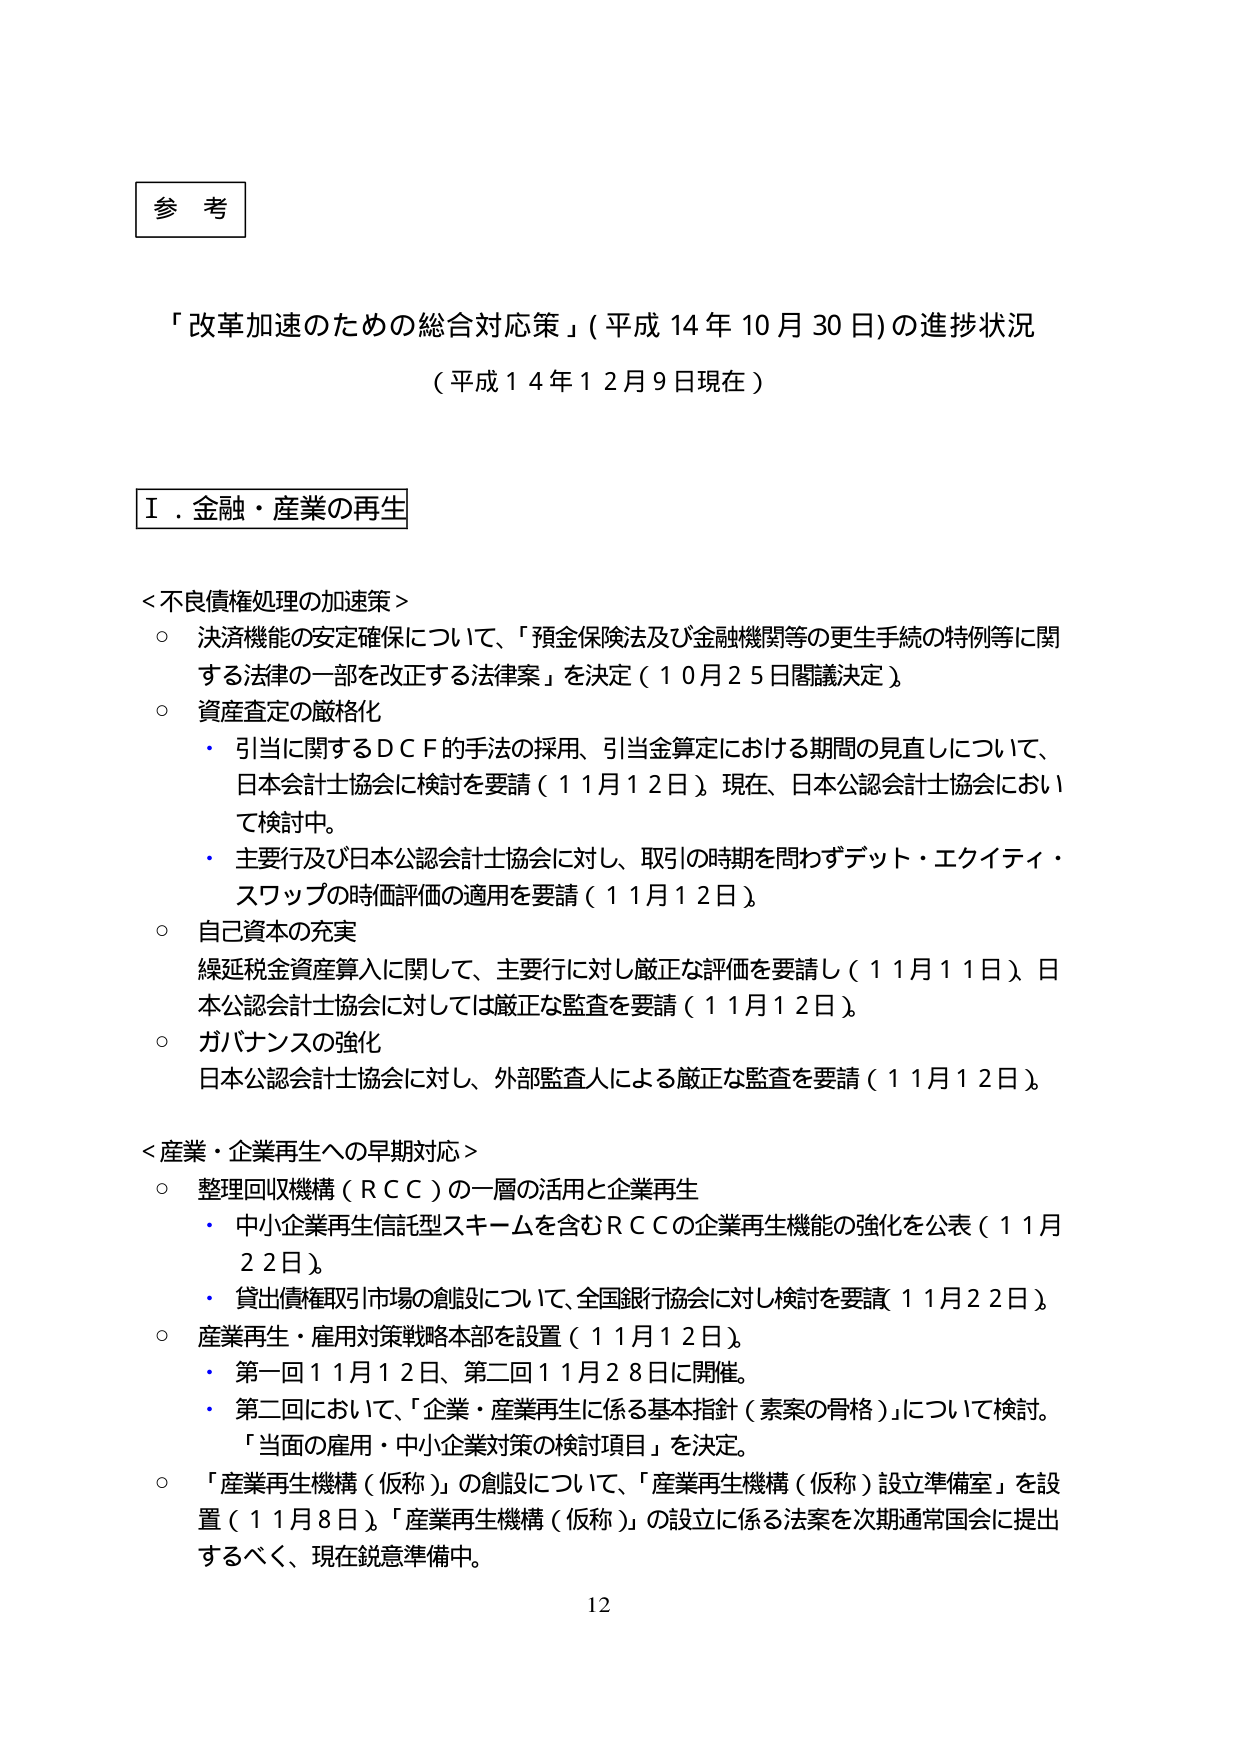
参考

「改革加速のための総合対応策」（平成14年10月30日）の進捗状況
（平成14年12月9日現在）

Ⅰ．金融・産業の再生

＜不良債権処理の加速策＞
○ 決済機能の安定確保について、「預金保険法及び金融機関等の更生手続の特例等に関する法律の一部を改正する法律案」を決定（10月25日閣議決定）
○ 資産査定の厳格化
　・ 引当に関するDCF的手法の採用、引当金算定における期間の見直しについて、日本会計士協会に検討を要請（11月12日）。現在、日本公認会計士協会において検討中。
　・ 主要行及び日本公認会計士協会に対し、取引の時期を問わずデット・エクイティ・スワップの時価評価の適用を要請（11月12日）
○ 自己資本の充実
　繰延税金資産算入に関して、主要行に対し厳正な評価を要請し（11月11日）、日本公認会計士協会に対しては厳正な監査を要請（11月12日）
○ ガバナンスの強化
　日本公認会計士協会に対し、外部監査人による厳正な監査を要請（11月12日）

＜産業・企業再生への早期対応＞
○ 整理回収機構（RCC）の一層の活用と企業再生
　・ 中小企業再生信託型スキームを含むRCCの企業再生機能の強化を公表（11月22日）
　・ 貸出債権取引市場の創設について、全国銀行協会に対し検討を要請（11月22日）
○ 産業再生・雇用対策戦略本部を設置（11月12日）
　・ 第一回11月12日、第二回11月28日に開催。
　・ 第二回において、「企業・産業再生に係る基本指針（素案の骨格）」について検討。「当面の雇用・中小企業対策の検討項目」を決定。
○ 「産業再生機構（仮称）」の創設について、「産業再生機構（仮称）設立準備室」を設置（11月8日）。「産業再生機構（仮称）」の設立に係る法案を次期通常国会に提出するべく、現在鋭意準備中。

12